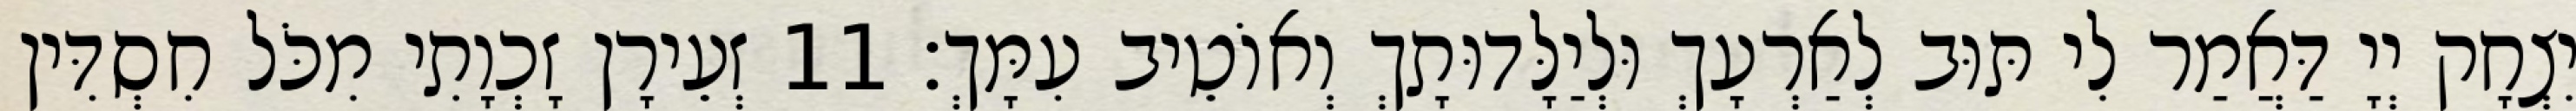
יִצְחָק יְיָ דַּאֲמַר לִי תּוּב לְאַרְעָךְ וּלְיַלָּדוּתָךְ וְאוֹטֵיב עִמָּךְ׃ 11 זְעֵירָן זָכְוָתִי מִכֹּל חִסְדִּין